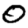
Digit: 0